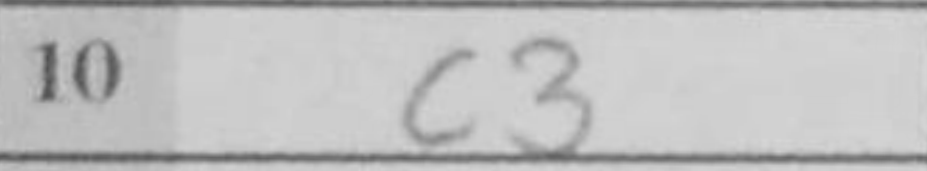
Transcription: c3